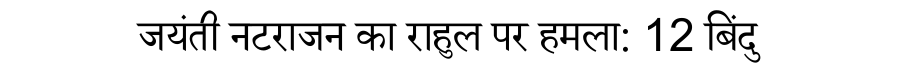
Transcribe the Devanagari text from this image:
जयंती नटराजन का राहुल पर हमला: 12 बिंदु